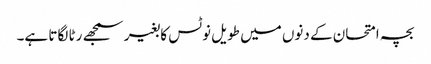
بچہ امتحان کے دنوں میں طویل نوٹس کا بغیر سمجھے رٹا لگاتا ہے۔